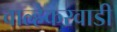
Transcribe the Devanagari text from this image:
वाल्हेकरवाडी